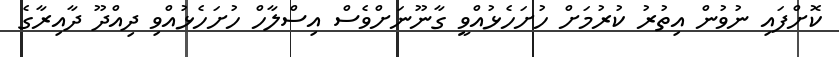
ކޮށްފައި ނުވުން އިތުރު ކުރުމަށް ހުށަހެޅުއްވީ ގާނޫނަށްވެސް އިސްލާހް ހުށަހެޅުއްވި ދިއްދޫ ދާއިރާގެ